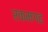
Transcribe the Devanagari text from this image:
रकमगढ